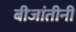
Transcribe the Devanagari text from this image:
बीजांतीनी